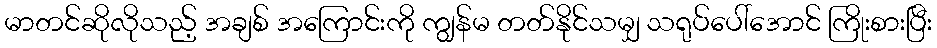
မာတင်ဆိုလိုသည့် အချစ် အကြောင်းကို ကျွန်မ တတ်နိုင်သမျှ သရုပ်ပေါ်အောင် ကြိုးစားပြီး